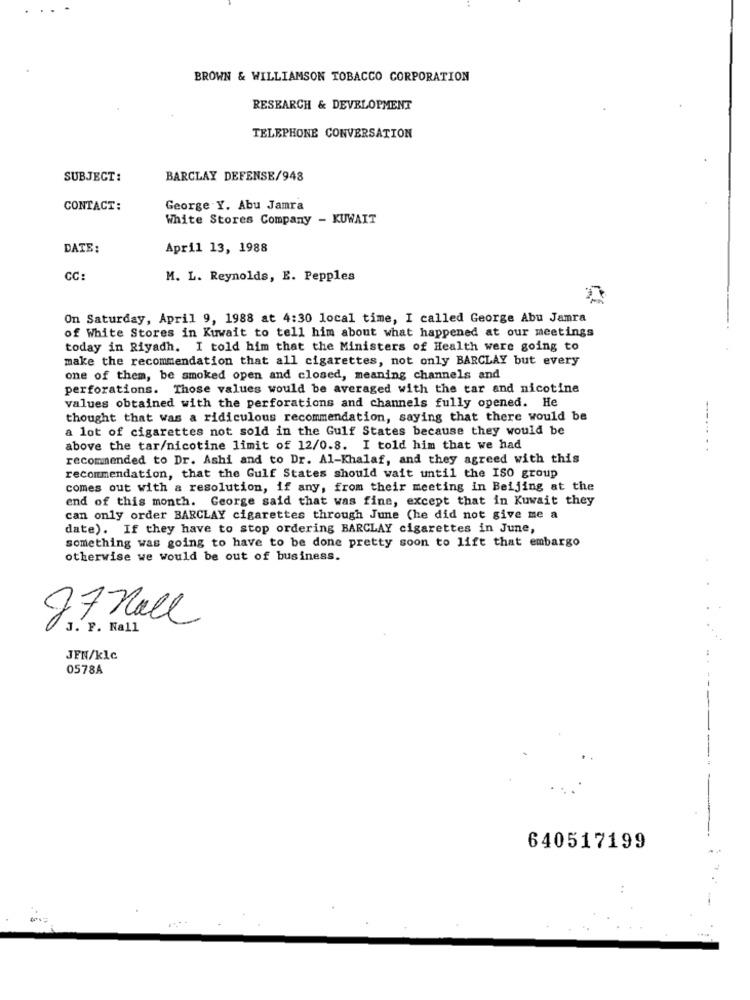
BROWN & WILLIAMSON TOBACCO CORPORATION
RESEARCH & DEVELOPMENT
TELEPHONE CONVERSATION
SUBJECT:
BARCLAY DEFENSE/948
CONTACT:
George Y. Abu Jamra
White Stores Company - KUWAIT
DATE:
April 13, 1988
CC:
M. L. Reynolds, E. Pepples
On Saturday, April 9, 1988 at 4:30 local time, I called George Abu Jamra
of White Stores in Kuwait to tell him about what happened at our meetings
today in Riyadh. I told him that the Ministers of Health were going to
make the recommendation that all cigarettes, not only BARCLAY but every
one of them, be smoked open and closed, meaning channels and
perforations. Those values would be averaged with the tar and nicotine
values obtained with the perforations and channels fully opened. He
thought that was a ridiculous recommendation, saying that there would be
a lot of cigarettes not sold in the Gulf States because they would be
above the tar/nicotine limit of 12/0.8. I told him that we had
recommended to Dr. Ashi and to Dr. Al-Khalaf, and they agreed with this
recommendation, that the Gulf States should wait until the ISO group
comes out with a resolution, if any, from their meeting in Beijing at the
end of this month. George said that was fine, except that in Kuwait they
can only order BARCLAY cigarettes through June (he did not give me a
date). If they have to stop ordering BARCLAY cigarettes in June,
something was going to have to be done pretty soon to lift that embargo
otherwise we would be out of business.
77 Hall
J. F. Nall
JEN/klc
0578A
640517199